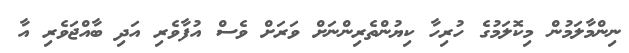
ނިންމާލަމުން މިކޮލަމުގެ ހުރިހާ ކިޔުންތެރިންނަށް ވަރަށް ވެސް އުފާވެރި އަދި ބާއްޖަވެރި އާ